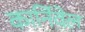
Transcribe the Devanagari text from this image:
कार्निवेल